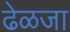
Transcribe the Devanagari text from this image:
ढेळजा